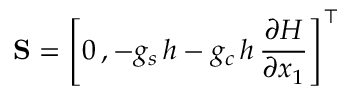
{ \bf S } = \left[ 0 \, , - g _ { s } \, { h } - g _ { c } \, { h } \, \frac { \partial { H } } { \partial { x } _ { 1 } } \right] ^ { \top }